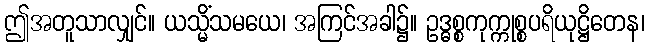
ဤအတူသာလျှင်။ ယသ္မိံသမယေ၊ အကြင်အခါ၌။ ဥဒ္ဓစ္စကုက္ကုစ္စပရိယုဋ္ဌိတေန၊